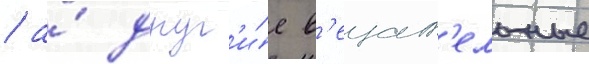
/ а́ друг'и́е в'ещат'ельные